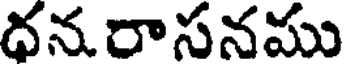
దనరాసనము